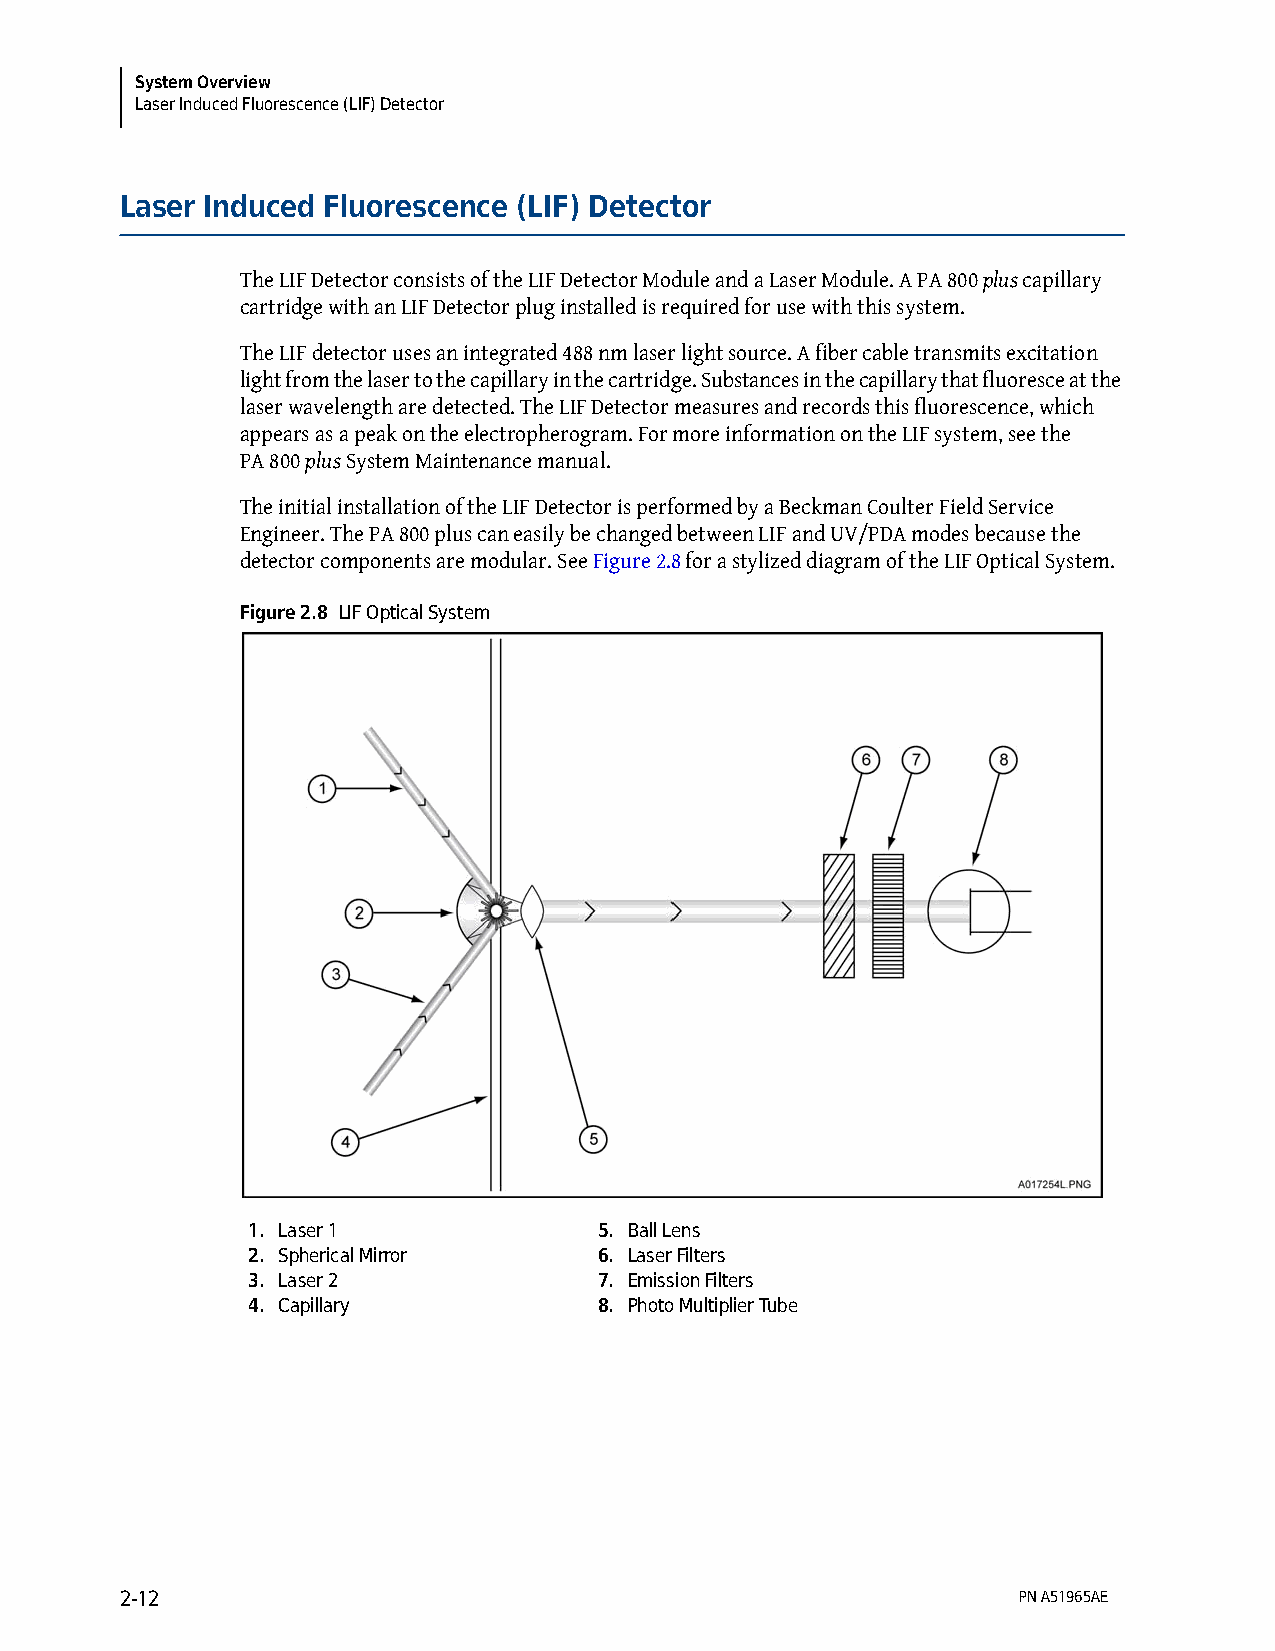
System Overview
 Laser Induced Fluorescence (LIF) Detector
 Laser Induced Fluorescence (LIF) Detector
 The LIF Detector consists of the LIF Detector Module and a Laser Module. A PA 800 plus capillary
 cartridge with an LIF Detector plug installed is required for use with this system.
 The LIF detector uses an integrated 488 nm laser light source. A fiber cable transmits excitation
 light from the laser to the capillary in the cartridge. Substances in the capillary that fluoresce at the
 laser wavelength are detected. The LIF Detector measures and records this fluorescence, which
 appears as a peak on the electropherogram. For more information on the LIF system, see the
 PA 800 plus System Maintenance manual.
 The initial installation of the LIF Detector is performed by a Beckman Coulter Field Service
 Engineer. The PA 800 plus can easily be changed between LIF and UV/PDA modes because the
 detector components are modular. See Figure 2.8 for a stylized diagram of the LIF Optical System.
 Figure 2.8 LIF Optical System
 1. Laser 1              5. Ball Lens
 2. Spherical Mirror     6. Laser Filters
 3. Laser 2              7. Emission Filters
 4. Capillary            8. Photo Multiplier Tube
 2-12                                                       PN A51965AE